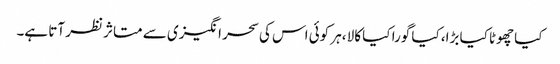
کیا چھوٹا کیا بڑا، کیا گورا کیا کالا ،ہر کوئی اس کی سحر انگیزی سے متاثر نظر آتا ہے۔